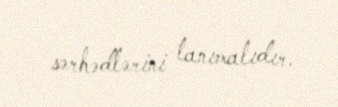
sərhədlərini tanımalıdır.